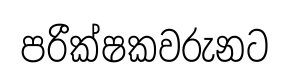
පරීක්ෂකවරුනට